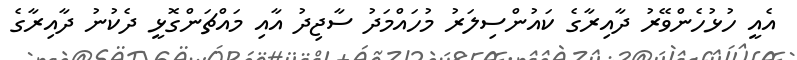
އެއީ ހުޅުހެންވޭރު ދާއިރާގެ ކައުންސިލަރު މުހައްމަދު ސާޖިދު އާއި މައްޗަންގޮޅީ ދެކުނު ދާއިރާގެ